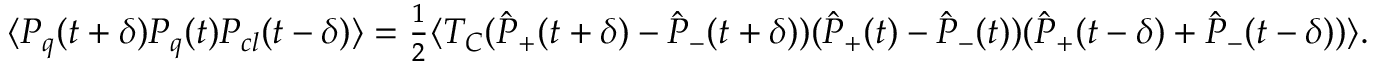
\begin{array} { r } { \langle P _ { q } ( t + \delta ) P _ { q } ( t ) P _ { c l } ( t - \delta ) \rangle = \frac { 1 } { 2 } \langle { \cal T } _ { C } ( \hat { P } _ { + } ( t + \delta ) - \hat { P } _ { - } ( t + \delta ) ) ( \hat { P } _ { + } ( t ) - \hat { P } _ { - } ( t ) ) ( \hat { P } _ { + } ( t - \delta ) + \hat { P } _ { - } ( t - \delta ) ) \rangle . } \end{array}